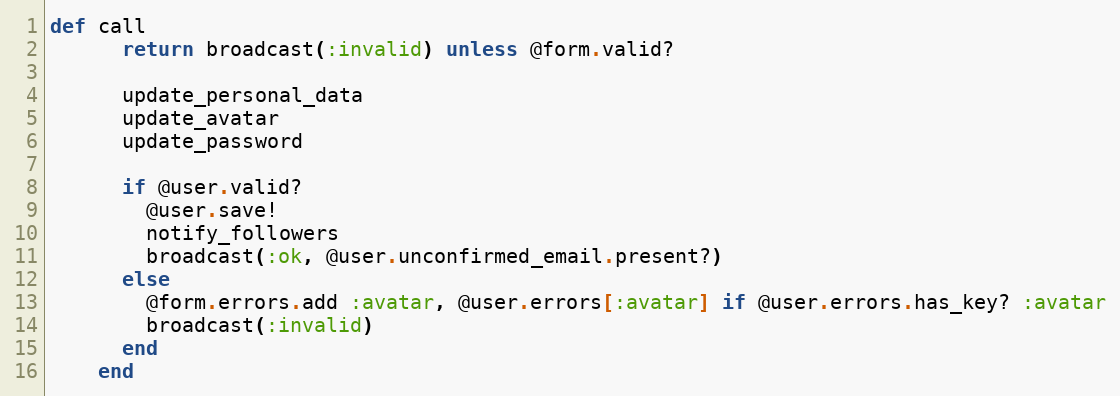
Language: Ruby
def call
      return broadcast(:invalid) unless @form.valid?

      update_personal_data
      update_avatar
      update_password

      if @user.valid?
        @user.save!
        notify_followers
        broadcast(:ok, @user.unconfirmed_email.present?)
      else
        @form.errors.add :avatar, @user.errors[:avatar] if @user.errors.has_key? :avatar
        broadcast(:invalid)
      end
    end